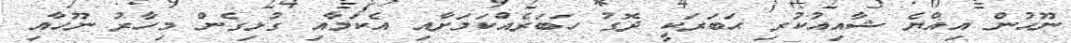
ނޫހުން އިއްޔެ ޝާއިއުކުރި ޙަބަރަކީ ދޮގު ހަބަރެއްކަމަށާއި އެކަމާއި ގުޅިގެން މިހާރު ނޫހާއި